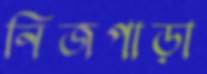
নিজপাড়া